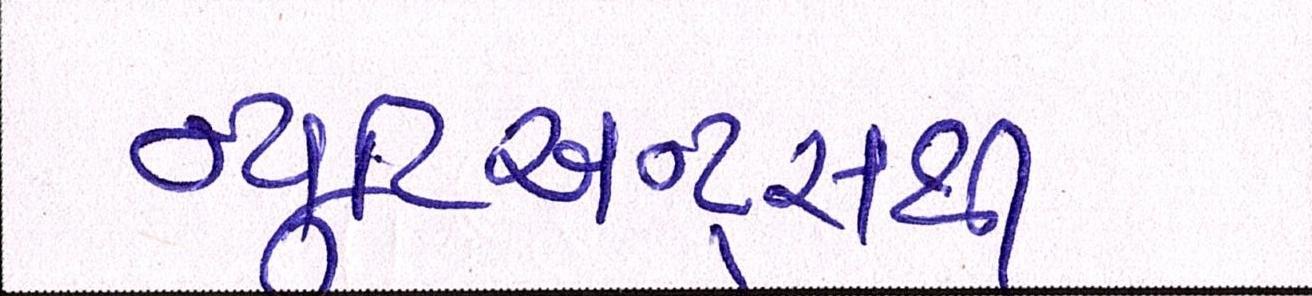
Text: ન્યૂટ્રિઅન્ટ્સથી